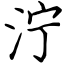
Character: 泞